Reports on dispensaries and lunatic asylums in the Province of Oudh - 1869-1876
Year: 1869
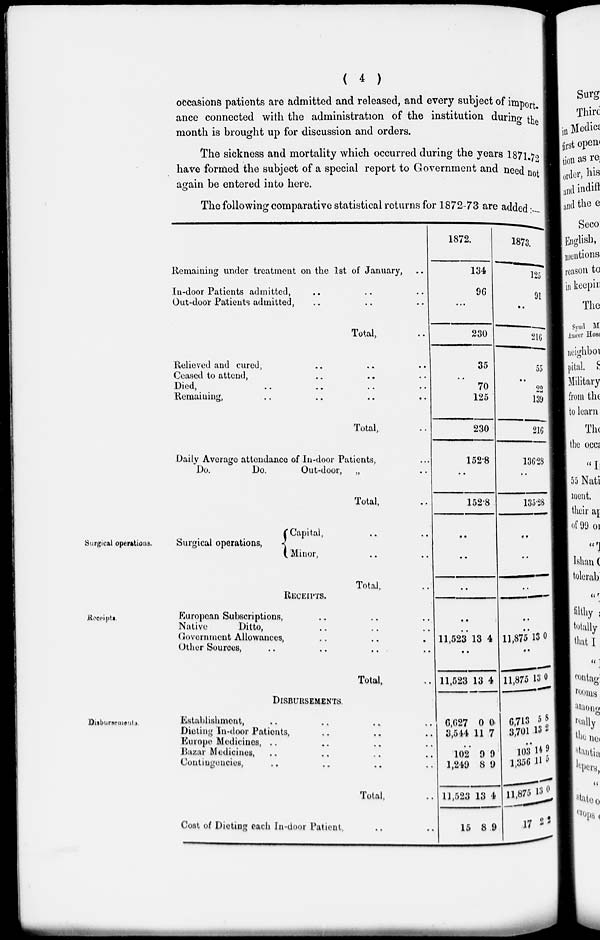
( 4 )
occasions patients are admitted and released, and every subject of import.
ance connected with the administration of the institution during the
month is brought up for discussion and orders.
The sickness and mortality which occurred during the years 1871-72
have formed the subject of a special report to Government and need not
again be entered into here.
The following comparative statistical returns for 1872-73 are added :—
Remaining under treatment on the 1st of January,
In-door Patients admitted,
Out-door Patients admitted,
Total,
Relieved and cured,
Ceased to attend,
Died,
Remaining,
Total,
Daily Average attendance of In-door Patients,
Do.
Do.
Out-door, „
Total,
1872.
134
96
...
230
35
..
70
125
230
152.8
..
152.8
1873.
125
91
..
216
55
..
22
139
216
136.28
..
135.28
Surgical operations.
Surgical operations,
Capital,..
..
Minor,..
..
Total,
..
..
..
..
..
..
..
Receipts.
RECEIPTS.
European Subscriptions, .. .. ..
Native
Ditto, .. .. ..
Government Allowances, .. .. ..
Other Sources, .. .. .. ..
Total,
..
..
11,523 13 4
..
11,523 13 4
..
..
11,875 13 0
..
11,875 13 0
Disbursements.
DISBURSEMENTS.
Establishment, .. .. .. ..
Dieting In-door Patients, .. .. ..
Europe Medicines, .. .. .. ..
Bazar Medicines, .. .. .. ..
Contingencies, .. .. .. ..
Total, .. ..
Cost of Dieting each In-door Patient, .. ..
6,627
3,544
0
11
0
7
..
102
1,249
11,523
15
9
8
13
8
9
9
4
9
6,713
3,701
5
13
8
2
..
103
1,356
11,875
17
14
11
13
2
9
5
0
2